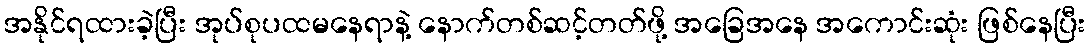
အနိုင်ရထားခဲ့ပြီး အုပ်စုပထမနေရာနဲ့ နောက်တစ်ဆင့်တတ်ဖို့ အခြေအနေ အကောင်းဆုံး ဖြစ်နေပြီး